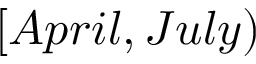
[ A p r i l , J u l y )